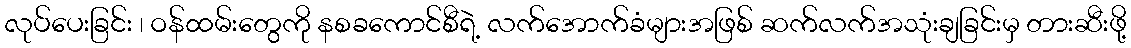
လုပ်ပေးခြင်း ၊ ဝန်ထမ်းတွေကို နစခကောင်စီရဲ့ လက်အောက်ခံများအဖြစ် ဆက်လက်အသုံးချခြင်းမှ တားဆီးဖို့